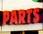
parts